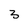
Character: 3